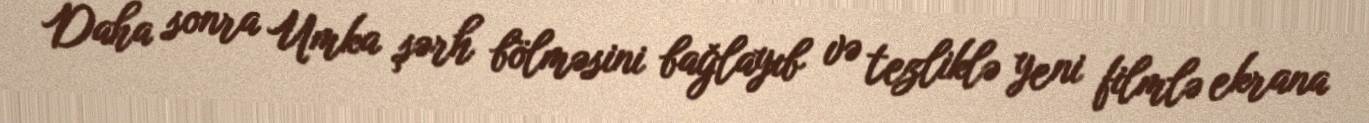
Daha sonra Umka şərh bölməsini bağlayıb və tezliklə yeni filmlə ekrana